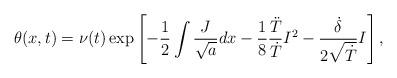
LaTeX: \begin{align*}\theta(x,t)=\nu(t)\exp\left[-\frac{1}{2}\int\frac{J}{\sqrt{a}}dx-\frac{1}{8}\frac{\ddot{T}}{\dot{T}}I^2-\frac{\dot{\delta}}{2\sqrt{\dot{T}}}I\right],\end{align*}